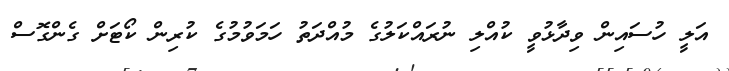
އަލީ ހުސައިން ވިދާޅުވީ ކުއްލި ނުރައްކަލުގެ މުއްދަތު ހަމަވުމުގެ ކުރިން ކޯޓަށް ގެންގޮސް